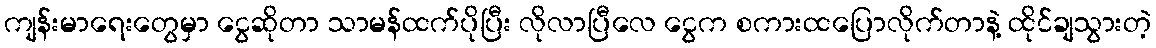
ကျန်းမာရေးတွေမှာ ငွေဆိုတာ သာမန်ထက်ပိုပြီး လိုလာပြီလေ ငွေက စကားထပြောလိုက်တာနဲ့ ထိုင်ချသွားတဲ့